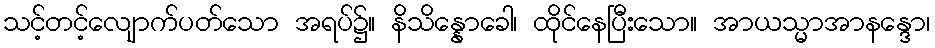
သင့်တင့်လျောက်ပတ်သော အရပ်၌။ နိသိန္နောခေါ၊ ထိုင်နေပြီးသော။ အာယသ္မာအာနန္ဒော၊